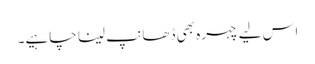
اس لیے چہرہ بھی ڈھانپ لینا چاہیے۔